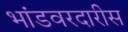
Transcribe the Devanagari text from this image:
भांडवरदारीस